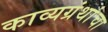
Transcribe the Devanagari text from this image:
काव्यग्रंथांचा